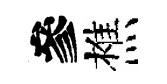
參樵